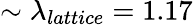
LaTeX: \sim\lambda_{lattice}=1.17